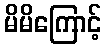
မိမိကြောင့်